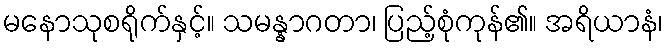
မနောသုစရိုက်နှင့်။ သမန္နာဂတာ၊ ပြည့်စုံကုန်၏။ အရိယာနံ၊